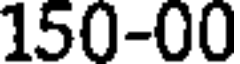
150-00